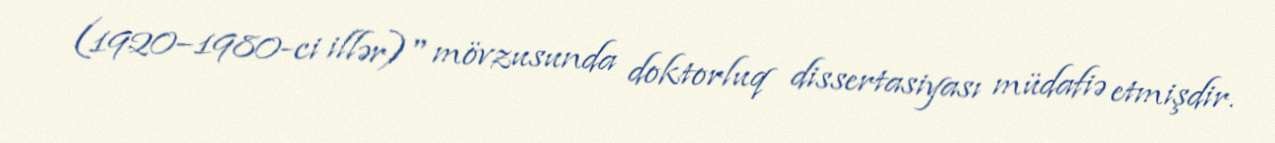
(1920–1980-ci illər)" mövzusunda doktorluq dissertasiyası müdafiə etmişdir.